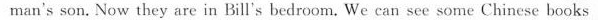
man's son.Now they are in Bill's bedroom. We can see some Chinese books